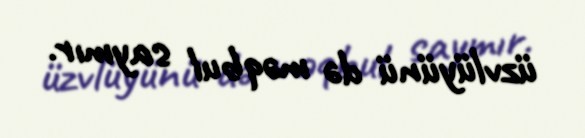
üzvlüyünü də məqbul saymır.